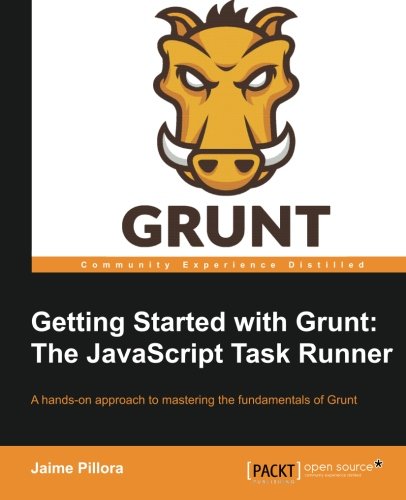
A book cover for Getting Started with Grunt: The JavaScript Task Runner; Jaime Pillora; Computers & Technology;